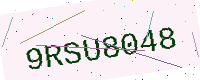
Text: 9RSU8048